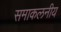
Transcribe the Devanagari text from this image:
समाकलनीय